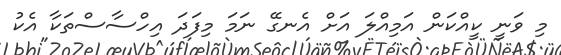
މި ވަނީ ކީއްކަން އަމިއްލަ އަށް އެނގޭ ނަމަ މިފަދަ އިހްސާސްތަކާ އެކު